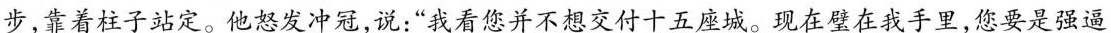
步，靠着柱子站定。他怒发冲冠，说：”我看您并不想交付十五座城。现在壁在我手里，您要是强逼